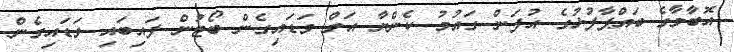
އޮބާމާގެ ބައްޕާފުޅުގެ އުފަން ގައުމު ކެންޔާ އަށް ވަޑައިގެން ބޯޓުން ފައިބައި ވަޑައިގެން